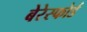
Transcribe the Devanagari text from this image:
बेरेस्फोर्ड